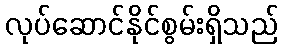
လုပ်ဆောင်နိုင်စွမ်းရှိသည်